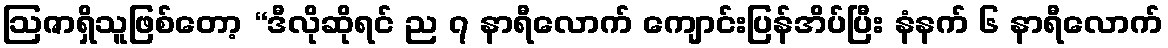
ဩဇာရှိသူဖြစ်တော့ “ဒီလိုဆိုရင် ည ၇ နာရီလောက် ကျောင်းပြန်အိပ်ပြီး နံနက် ၆ နာရီလောက်